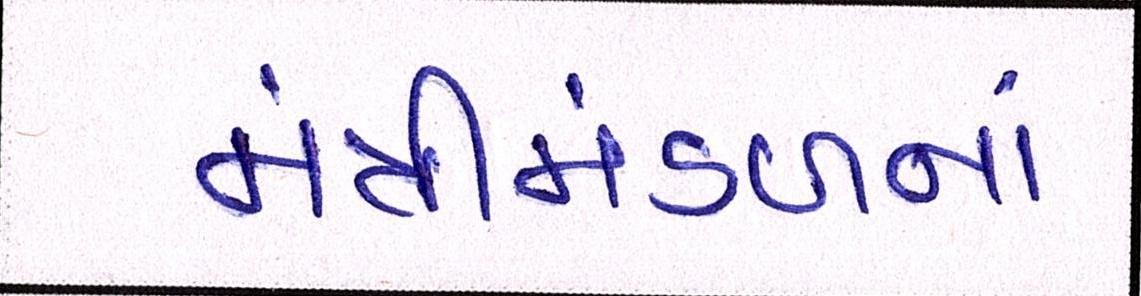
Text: મંત્રીમંડળનાં